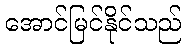
အောင်မြင်နိုင်သည်